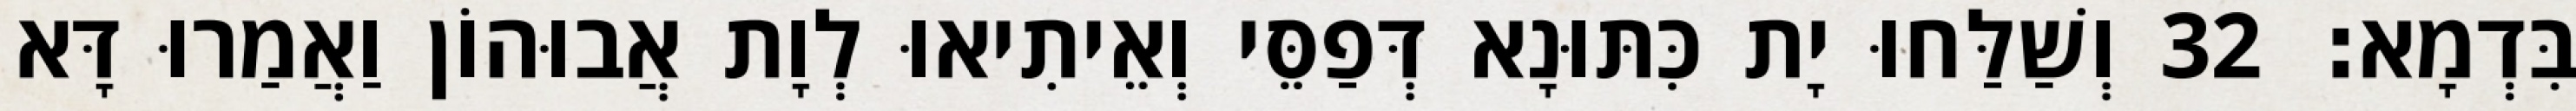
בִּדְמָא׃ 32 וְשַׁלַּחוּ יָת כִּתּוּנָא דְּפַסֵּי וְאֵיתִיאוּ לְוָת אֲבוּהוֹן וַאֲמַרוּ דָּא